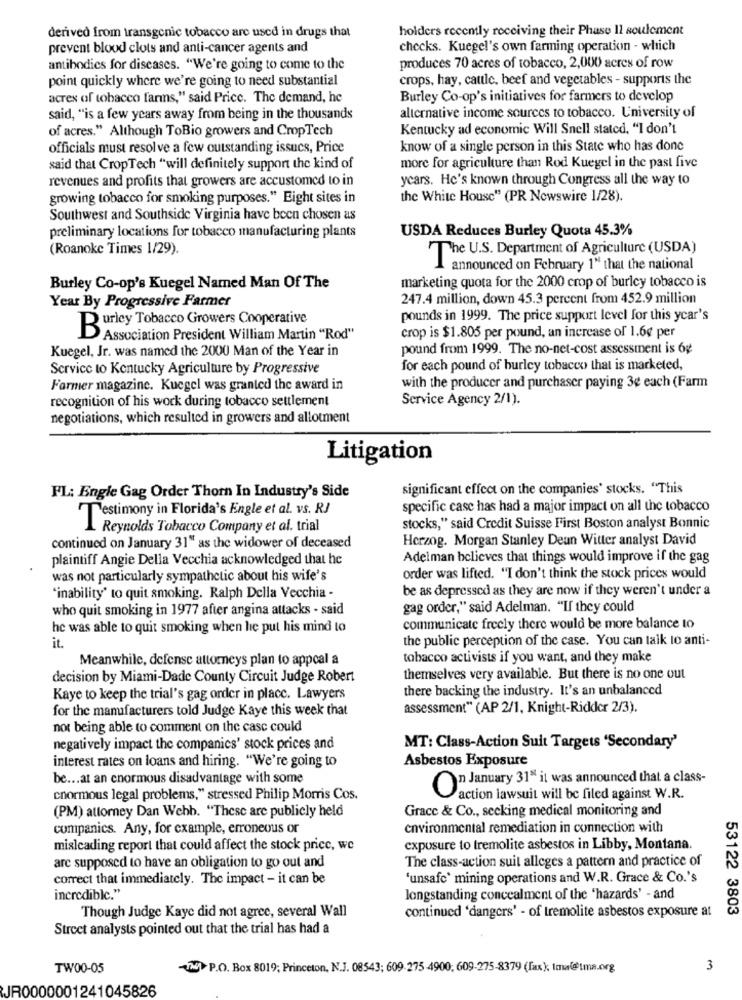
derived from transgenic tobacco are used in drugs that
holders recently receiving their Phase Il soulement
prevent blood clots and anti-cancer agents and
checks. Kuegel's own farming operation - which
antibodies for diseases. "We're going to come to the
produces 70 acres of tobacco, 2,000 acres of row
point quickly where we're going to need substantial
crops, hay, cattle, beef and vegetables - supports the
acres of tobacco farins," said Price. The demand, he
Burley Co-op's initiatives for farmers to develop
said, "is a few years away from being in the thousands
alternative income sources to tobacco. University of
of acres." Although ToBio growers and CropTech
Kentucky ad economic Will Snell stated, "I don't
officials must resolve a few outstanding issucs, Price
know of a single person in this State who has done
said that CropTech "will definitely support the kind of
more for agriculture than Rod Kuegel in the past five
revenues and profits that growers are accustomed to in
years. He's known through Congress all the way to
growing tobacco for smoking purposes." Eight sites in
the White House" (PR Newswire 1/28).
Southwest and Southside Virginia have been chosen as
preliminary locations for tobacco manufacturing plants
USDA Reduces Burley Quota 45.3%
(Roanoke Times 1/29).
The U.S. Department of Agriculture (USDA)
announced on February 1" that the national
Burley Co-op's Kuegel Named Man Of The
marketing quota for the 2000 crop of burley tobacco is
Year By Progressive Farmer
247.4 million, down 45.3 percent from 452.9 million
pounds in 1999. The price support level for this year's
Burley Tobacco Growers Cooperative
Association President William Martin "Rod"
crop is $1.805 per pound, an increase of 1.6g per
Kuegel, Jr. was named the 2000 Man of the Year in
pound from 1999. The no-net-cost assessment is 6g
Service to Kentucky Agriculture by Progressive
for each pound of burley tobacco that is marketed,
Farmer magazine. Kuegel was granted the award in
with the producer and purchaser paying 3¢ each (Farm
recognition of his work during tobacco settlement
Service Agency 2/1).
negotiations, which resulted in growers and allotment
Litigation
significant effect on the companies' stocks. "This
FL: Engle Gag Order Thorn In Industry's Side
specific casc has had a major impact on all the tobacco
Testimony in Florida's Engle et al. vs. RJ
1 Reynolds Tobacco Company et al. trial
stocks," said Credit Suisse First Boston analyst Bonnic
Herzog. Morgan Stanley Deun Witter analyst David
continued on January 31" as the widower of deceased
plaintiff Angie Della Vecchia acknowledged that he
Adelman believes that things would improve if the gag
was not particularly sympathetic about his wife's
order was lifted. "I don't think the stock prices would
be as depressed as they are now if they weren't under a
"inability' to quit smoking. Ralph Della Vecchia -
who quit smoking in 1977 after angina attacks - said
gag order," said Adelman. "If they could
he was able to quit smoking when he put his mind to
communicate freely there would be more balance to
the public perception of the case. You can talk to anti-
it.
Meanwhile, defense attorneys plan to appeal a
tabacco activists if you want, and they make
decision by Miami-Dade County Circuit Judge Robert
themselves very available. But there is no one out
there backing the industry. It's an unbalanced
Kaye to keep the trial's gag order in place. Lawyers
for the manufacturers told Judge Kaye this week that
assessment" (AP 2/1, Knight-Ridder 2/3).
not being able to comment on the case could
negatively impact the companies' stock prices and
MT: Class-Action Suit Targets 'Secondary'
interest rates on loans and hiring. "We're going to
Asbestos Exposure
be ... at an enormous disadvantage with some
" January 31" it was announced that a class-
cnormous legal problems," stressed Philip Morris Cos.
action lawsuit will be filed against W.R.
(PM) attorney Dan Webb. "These are publicly held
Grace & Co ., seeking medical monitoring and
companics. Any, for example, erroneous or
environmental remediation in connection with
misleading report that could affect the stock price, we
exposure to tremolite asbestos in Libby, Montana.
The class-action suit alleges a pattern and practice of
are supposed to have an obligation to go out and
correct that immediately. The impact - it can be
'unsafc' mining operations and W.R. Grace & Co.'s
incredible."
longstanding concealment of the 'hazards' - and
continued 'dangers' - of tremolite asbestos exposure at
53122 3803
Though Judge Kaye did not agree, several Wall
Street analysts pointed out that the trial has had a
TW00-05
720 P.O. Box 8019; Princeton, N.J. 08543; 609-275 4900; 609-275-8379 (fax), tma@Ima.org
3
JR0000001241045826